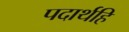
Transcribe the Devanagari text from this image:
पदार्थहि